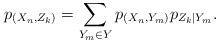
LaTeX: \begin{align*}p_{(X_n,Z_k)}=\sum_{Y_m \in Y }^{} p_{(X_n,Y_m)} p_{Z_k|Y_m}. \end{align*}